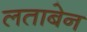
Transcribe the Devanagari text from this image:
लताबेन